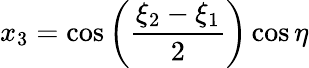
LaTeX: x_{3}=\cos\left({\frac{\xi_{2}-\xi_{1}}{2}}\right)\cos\eta